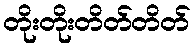
တိုးတိုးတိတ်တိတ်